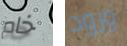
خام ورود